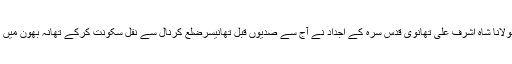
مجدد الملۃ حضرت مولانا شاہ اشرف علی تھانوی قدس سرہ کے اجداد نے آج سے صدیوں قبل تھانیسرضلع کرنال سے نقل سکونت کرکے تھانہ بھون میں اقامت اختیار کی تھی۔